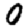
Digit: 0